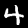
Label: 4